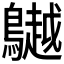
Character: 𪆧